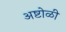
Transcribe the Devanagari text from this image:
अष्टोळी